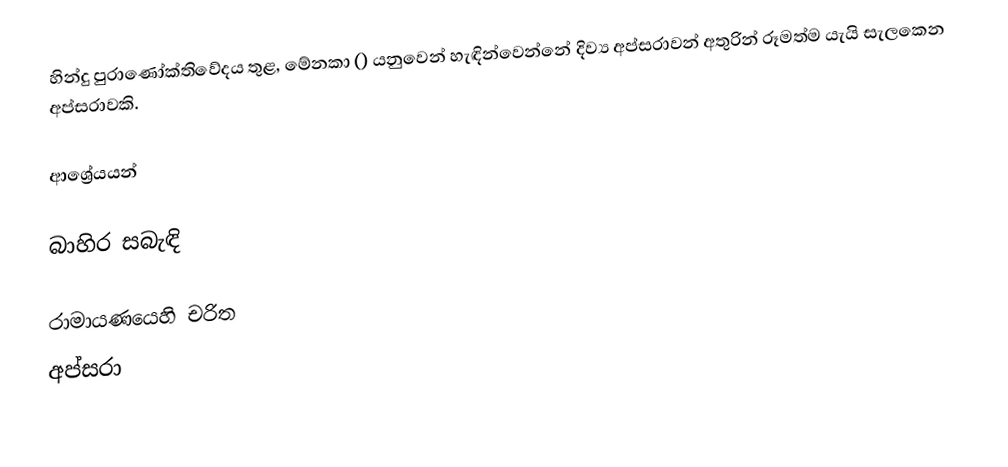
හින්දු පුරාණෝක්තිවේදය තුළ, මේනකා () යනුවෙන් හැඳින්වෙන්නේ දිව්‍ය අප්සරාවන් අතුරින් රූමත්ම යැයි සැලකෙන අප්සරාවකි.

ආශ්‍රේයයන්

බාහිර සබැඳි

රාමායණයෙහි චරිත
අප්සරා